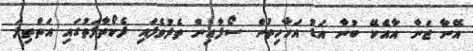
އޭނާ ޖަނާ އާއެކޭ ބުނާ އަޑު އަހާހިތުން ސޯފާއިން ތެދުވެފައި ދެކޯތާފަތުގައި އަތްތިލަ